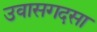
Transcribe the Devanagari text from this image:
उवासगदसा